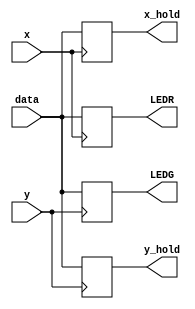
module TFT_Touch_Latch (
	output reg [7:0] x_hold, y_hold, LEDR, LEDG,
	input wire [7:0] data,
	input wire x, y);

always @ (posedge x)	// only when signal is pulsed by state machine
	begin
		LEDR = data;
		x_hold = data;
	end
	
	always @ (posedge y)
	begin		
		LEDG = data;
		y_hold = data;
	end
endmodule